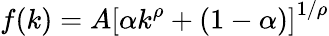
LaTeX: f(k)=A\left[\alpha k^{\rho}+(1-\alpha)\right]^{1/\rho}